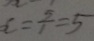
x = \frac { 5 } { 1 } = 5